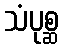
သံပုစ္ဆ